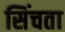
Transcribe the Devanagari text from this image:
सिंचता